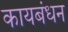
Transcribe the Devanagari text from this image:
कायबंधन